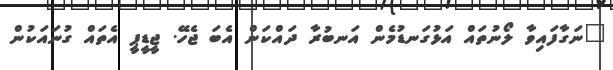
"ނަގާފައިވާ ލޯނުތައް އަޅުގަނޑުމެން އަނބުރާ ދައްކަން އެބަ ޖެހޭ. ޖީޑީޕީ އެތައް ގުނައަކުން